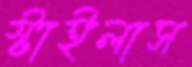
স্টাইলাস